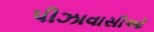
પીઝાવાસીઓ